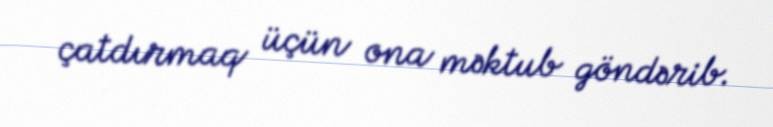
çatdırmaq üçün ona məktub göndərib.